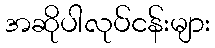
အဆိုပါလုပ်ငန်းများ